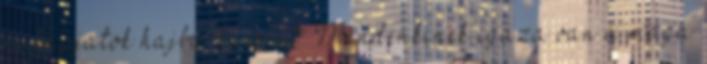
ne kapjatok hajba :kacsint: Mindenkinek igaza van a maga